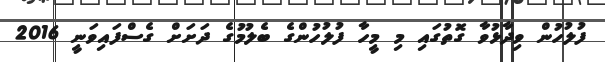
ފުލުހުން ވިދާޅުވާ ގޮތުގައި މި މީހާ ފުލުހުންގެ ބެލުމުގެ ދަށަށް ގެސްފައިވަނީ 2016